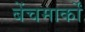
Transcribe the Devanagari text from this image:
बेंचमार्कों